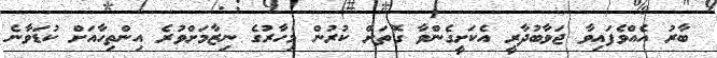
ބާރު އެއްވެފައިވާ ޖަވާބުދާރީ އެކަށީގެންވާ ގޮތަށް ކުރުން މިހާރުގެ ނިޒާމަށްވުރެ އިންތިހާއަށް ކުޑަވާނެ